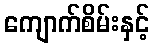
ကျောက်စိမ်းနှင့်